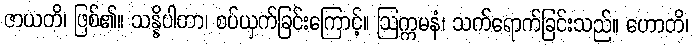
ဇာယတိ၊ ဖြစ်၏။ သန္နိပါတာ၊ စပ်ယှက်ခြင်းကြောင့်။ ဩက္ကမနံ၊ သက်ရောက်ခြင်းသည်။ ဟောတိ၊